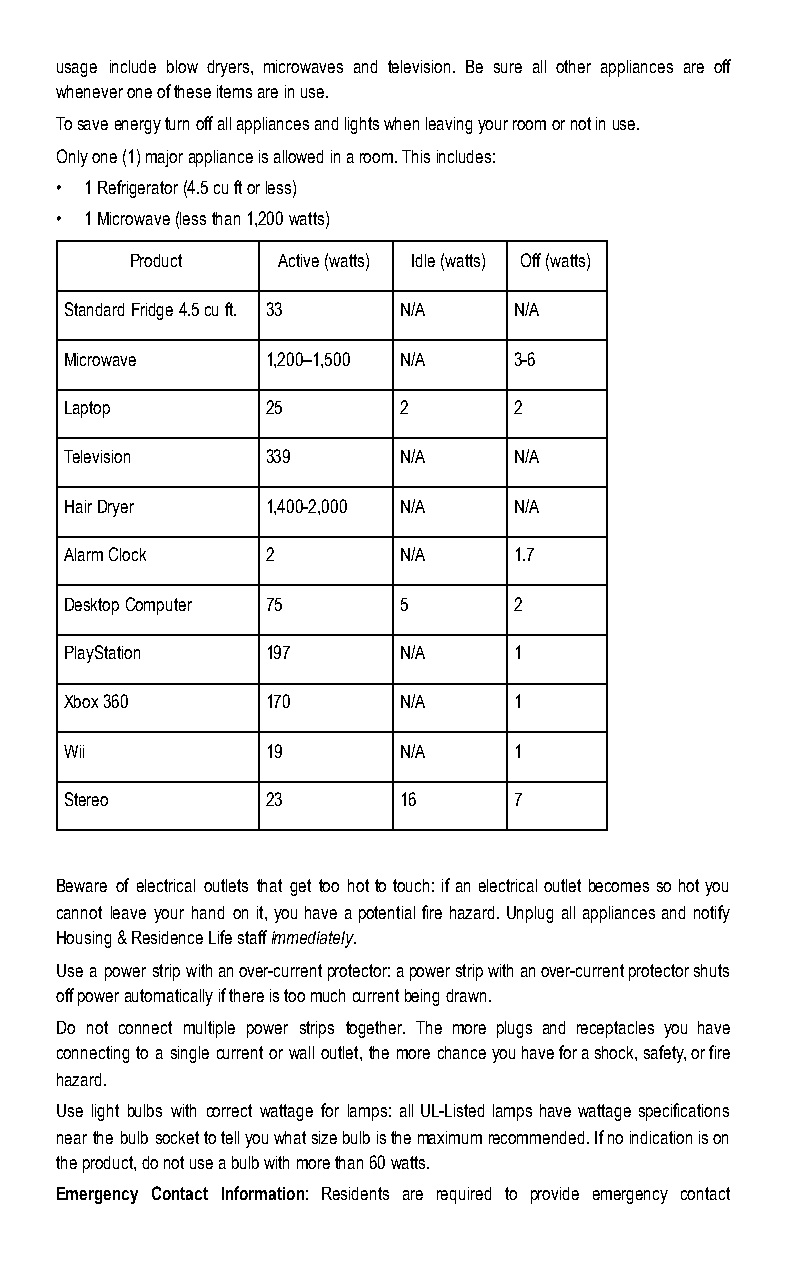
usage include blow dryers, microwaves and television. Be sure all other appliances are off
 whenever one of these items are in use.
 To save energy turn off all appliances and lights when leaving your room or not in use.
 Only one (1) major appliance is allowed in a room. This includes:
 • 1 Refrigerator (4.5 cu ft or less)
 • 1 Microwave (less than 1,200 watts)
 Product  Active (watts) Idle (watts) Off (watts)
 Standard Fridge 4.5 cu ft. 33 N/A N/A
 Microwave     1,200–1,500 N/A 3-6
 Laptop        25      2       2
 Television    339     N/A     N/A
 Hair Dryer    1,400-2,000 N/A N/A
 Alarm Clock   2       N/A     1.7
 Desktop Computer 75   5       2
 PlayStation   197     N/A     1
 Xbox 360      170     N/A     1
 Wii           19      N/A     1
 Stereo        23      16      7
 Beware of electrical outlets that get too hot to touch: if an electrical outlet becomes so hot you
 cannot leave your hand on it, you have a potential fire hazard. Unplug all appliances and notify
 Housing & Residence Life staff i mmediately.
 Use a power strip with an over-current protector: a power strip with an over-current protector shuts
 off power automatically if there is too much current being drawn.
 Do not connect multiple power strips together. The more plugs and receptacles you have
 connecting to a single current or wall outlet, the more chance you have for a shock, safety, or fire
 hazard.
 Use light bulbs with correct wattage for lamps: all UL-Listed lamps have wattage specifications
 near the bulb socket to tell you what size bulb is the maximum recommended. If no indication is on
 the product, do not use a bulb with more than 60 watts.
 Emergency Contact Information: Residents are required to provide emergency contact